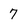
Character: 7